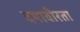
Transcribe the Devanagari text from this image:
दयावीरता